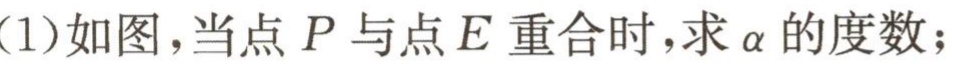
(1)如图，当点\(P\)与点\(E\)重合时，求\(\alpha\)的度数；